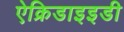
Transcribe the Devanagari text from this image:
ऐक्रिडाइइडी